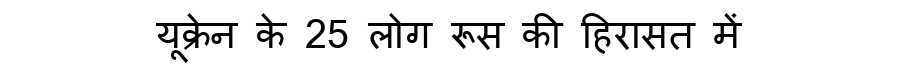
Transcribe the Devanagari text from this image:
यूक्रेन के 25 लोग रूस की हिरासत में